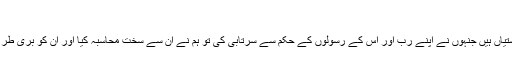
8)
کتنی ہی بستیاں ہیں جنہوں نے اپنے رب اور اس کے رسولوں کے حکم سے سرتابی کی تو ہم نے ان سے سخت محاسبہ کیا اور ان کو بری طرح سزا دی۔